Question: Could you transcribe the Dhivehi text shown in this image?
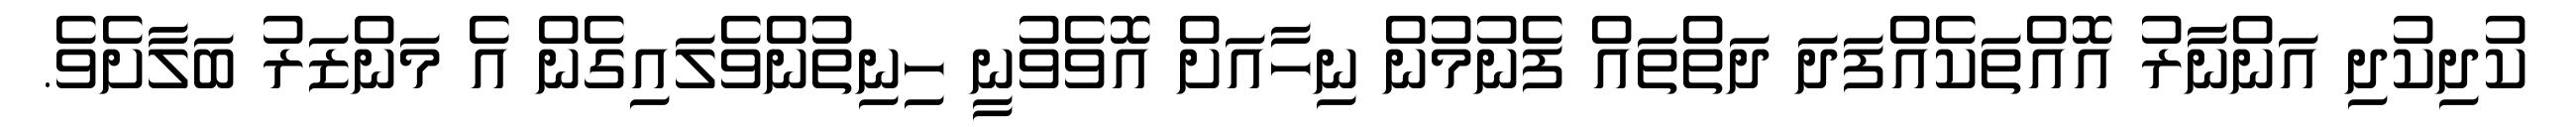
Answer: ކުދިކުދި އަންނާރު އޮއްތަކެއްފަދަ ދަތްތައް ފެނުމުން ނިހާއަށް އޮވެވުނީ ހިނިތުންވެލައިގެން އެ މަންޒަރު ބަލާށެވެ.